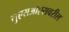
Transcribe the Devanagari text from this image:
युएसओएसवरील